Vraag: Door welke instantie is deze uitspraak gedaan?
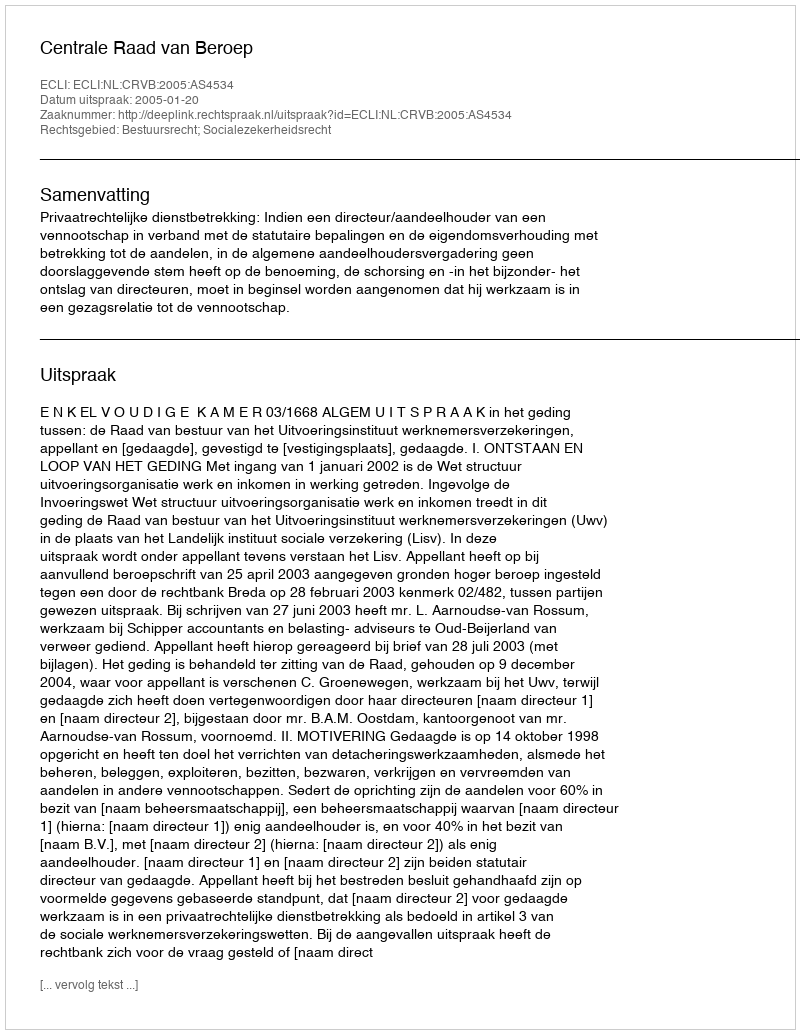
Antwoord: Centrale Raad van Beroep